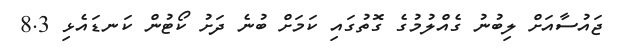
ޖައުސާއަށް ލިބުނު ގެއްލުމުގެ ގޮތުގައި ކަމަށް ބުނެ ދަށު ކޯޓުން ކަނޑައެޅި 8.3